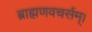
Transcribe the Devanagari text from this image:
ब्राह्मणवचर्सम्।